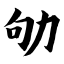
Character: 劬